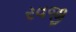
રવજી